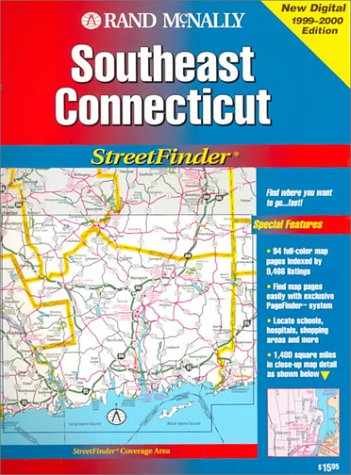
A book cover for Rand McNally Streetfinder Southeast Connecticut; Rand McNally; Travel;